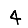
Digit: 4